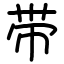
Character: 带